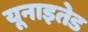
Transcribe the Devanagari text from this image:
यूनाइतेड